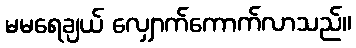
မမရေချယ် လျှောက်ကောက်လာသည်။